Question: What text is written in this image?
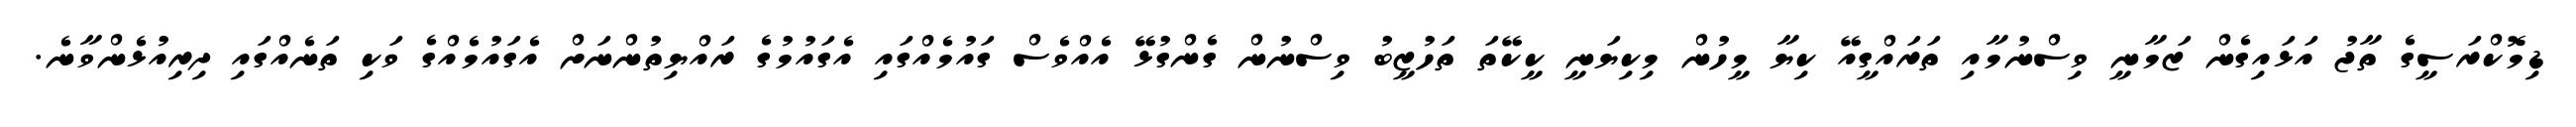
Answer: ޑިމޮކްރަސީގެ ތާޖު އަޅައިގެން ޒަމާނީ ވިސްނުމާއި ތަރައްގީއޭ ކިޔާ މީހުން މިކިޔަނީ ކީކޭތަ ތަހުޒީބު ވިސްނުން ގެންގުޅޭ އެއްވެސް ގައުމެއްގައި އެގައުމުގެ ރައްޔިތުންނަށް އެގައުމެއްގެ ވަކި ތަނެއްގައި ދިރިއުޅެންވާނެ.